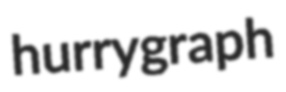
hurrygraph